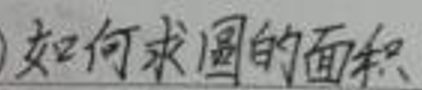
如何求圆的面积